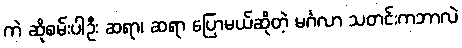
ကဲ ဆိုစမ်းပါဦး ဆရာ၊ ဆရာ ပြောမယ်ဆိုတဲ့ မင်္ဂလာ သတင်းကဘာလဲ